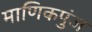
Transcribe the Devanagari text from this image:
माणिकपुंज